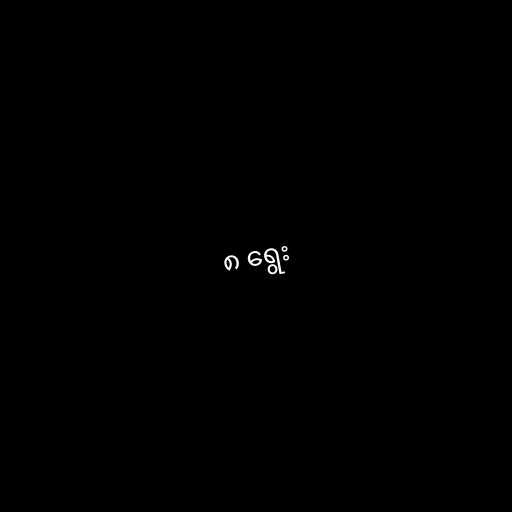
၈ ရွေး